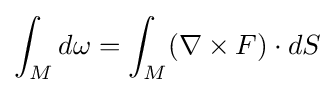
\int _{M}d\omega =\int _{M}(\nabla \times F)\cdot dS